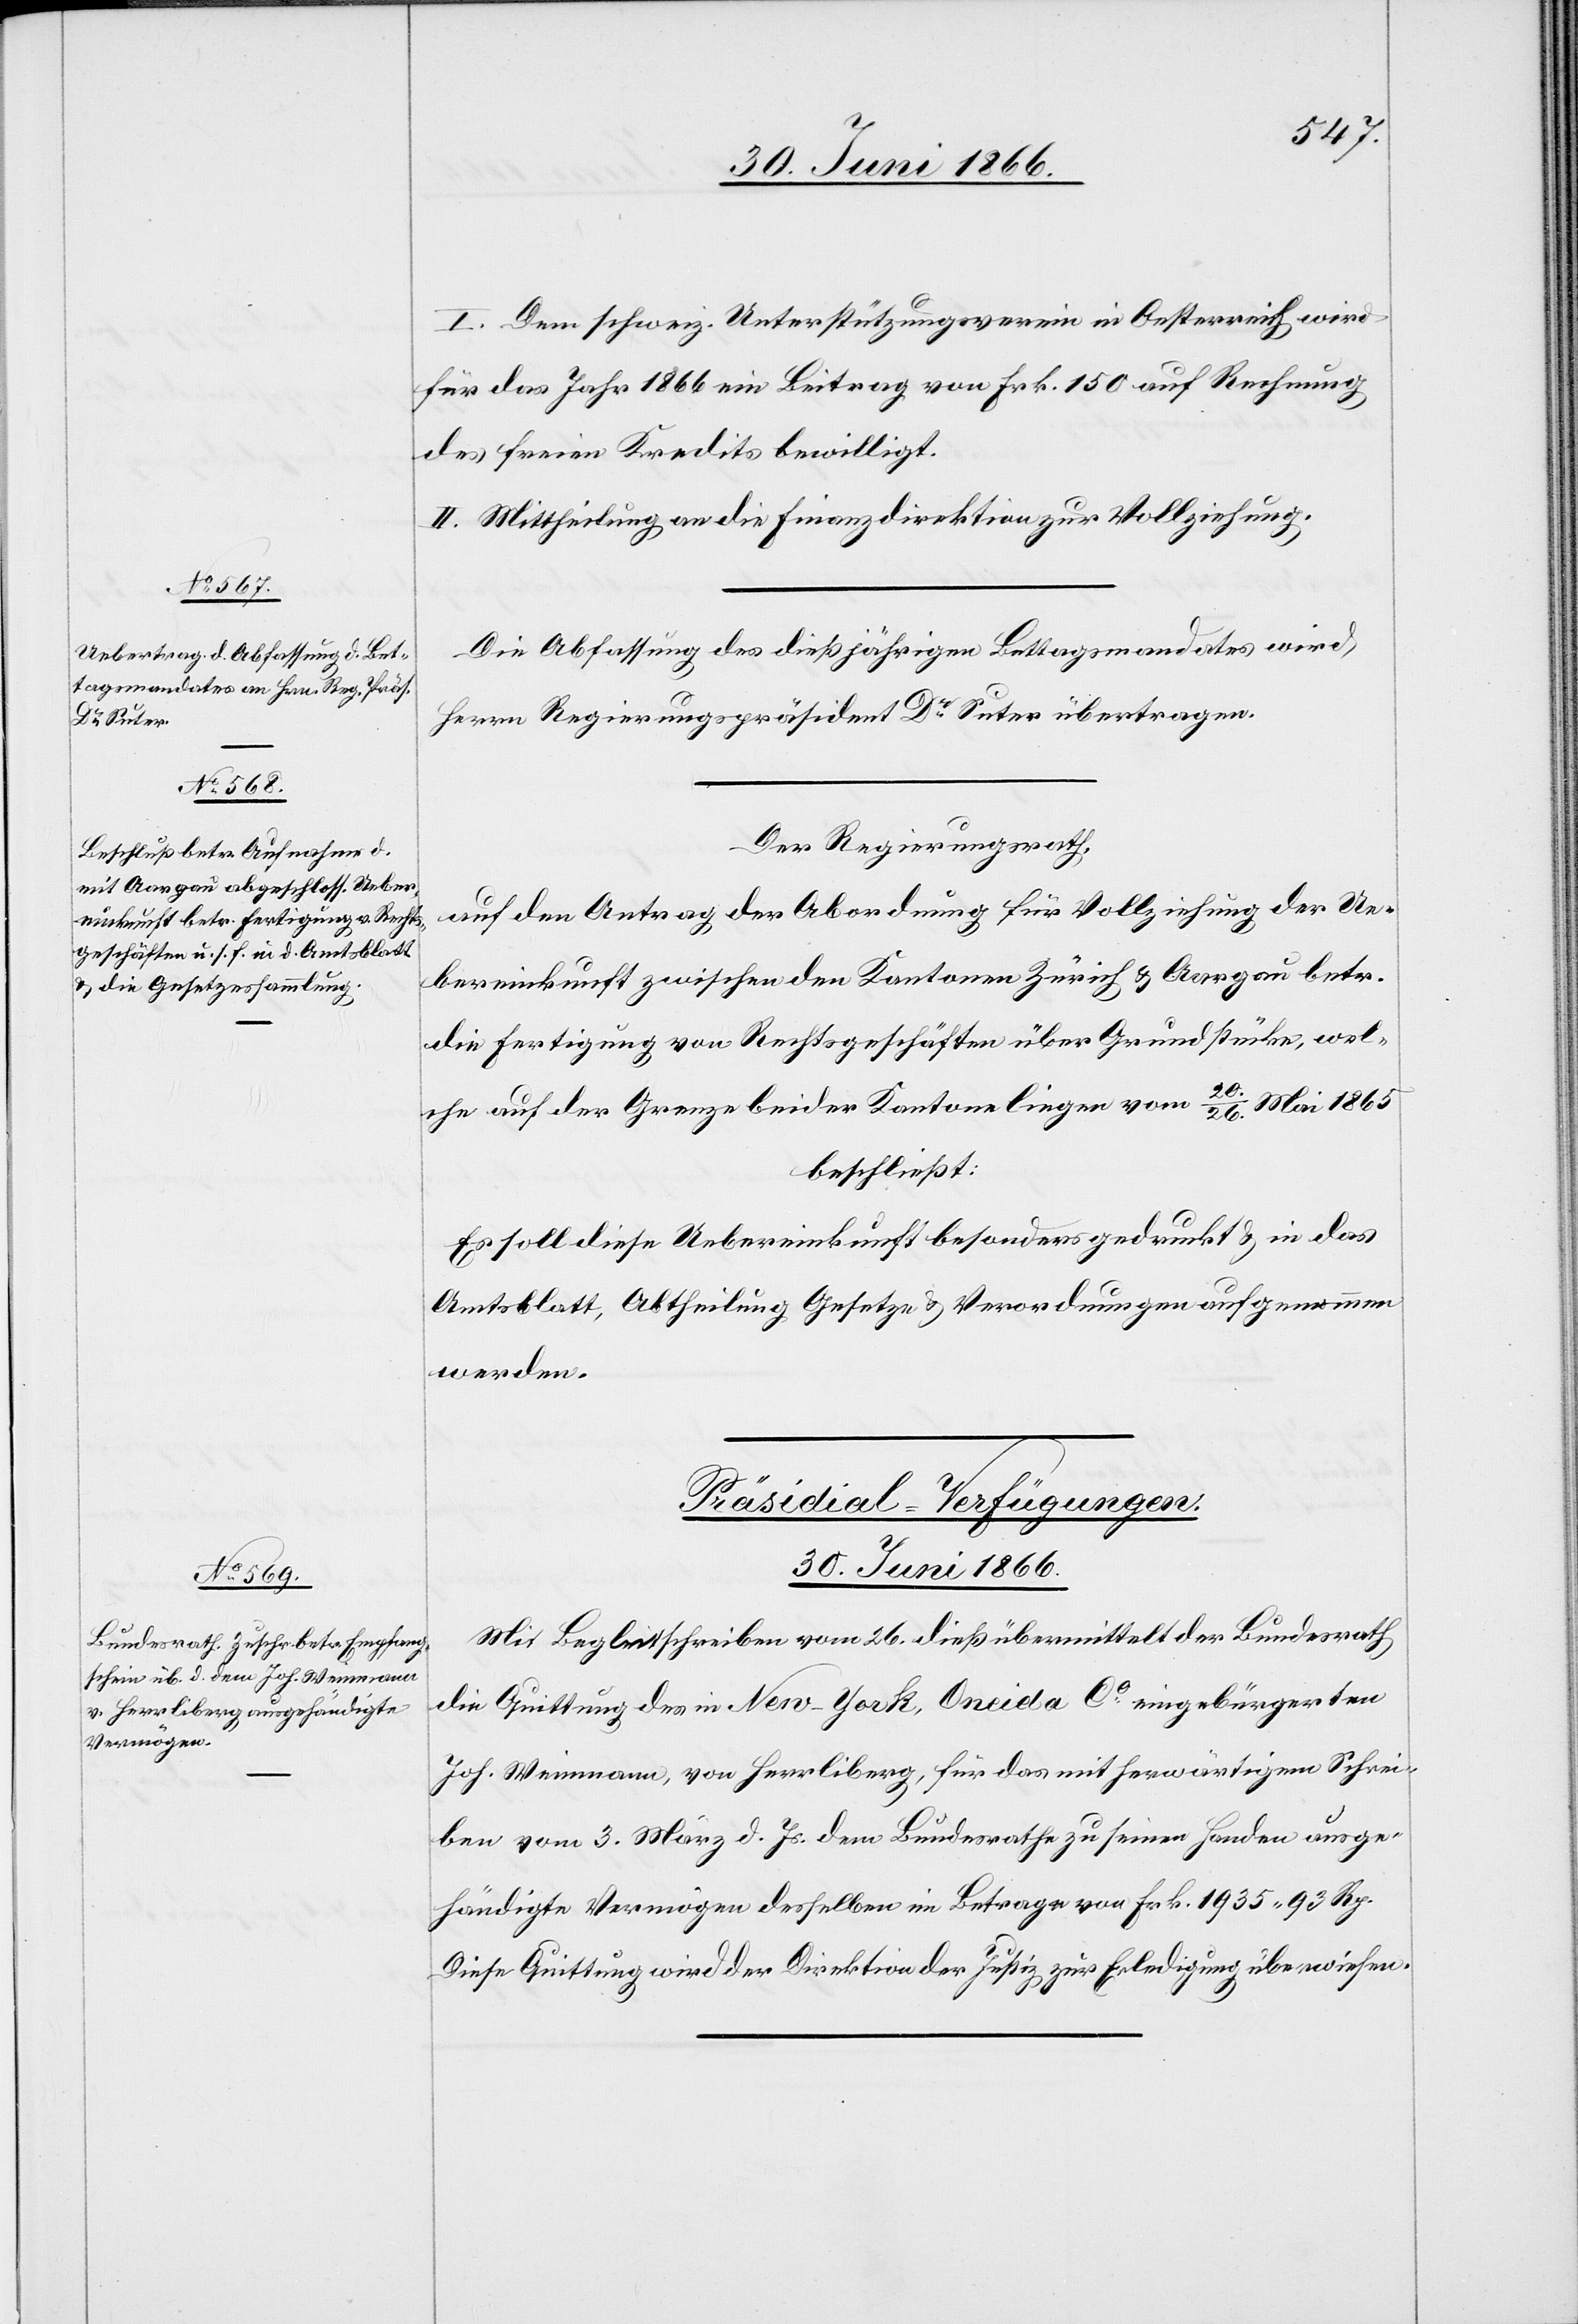
I. Dem schweiz. Unterstützungsverein in Oesterreich wird
für das Jahr 1866 ein Beitrag von Frk. 150 auf Rechnung
des freien Kredits bewilligt.
II. Mittheilung an die Finanzdirektion zur Vollziehung.
Die Abfassung des dießjährigen Bettagsmandates wird
Herrn Regierungspräsident Dr. Suter übertragen.
Der Regierungsrath,
auf den Antrag der Abordnung für Vollziehung der Ue¬
bereinkunft zwischen den Kantonen Zürich u. Aargau betr.
die Fertigung von Rechtsgeschäften über Grundstücke, wel¬
che auf der Grenze beider Kantone liegen vom 20./26. Mai 1865
beschließt:
Es soll diese Uebereinkunft besonders gedruckt u. in das
Amtsblatt, Abtheilung Gesetze u. Verordnungen aufgenommen
werden.
Präsidial-Verfügungen.
30. Juni 1866.
Mit Begleitschreiben vom 26. dieß übermittelt der Bundesrath
die Quittung des in New-York, Oneida Co. eingebürgerten
Joh. Weinmann, von Herrliberg, für das mit herwärtigem Schrei¬
ben vom 3. März d. Js. dem Bundesrathe zu seinen Handen ausge¬
händigte Vermögen desselben im Betrage von Frk. 1935. 93 Rp.
Diese Quittung wird der Direktion der Justiz zur Erledigung überwiesen.